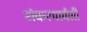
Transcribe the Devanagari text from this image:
शंकरपार्वती